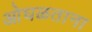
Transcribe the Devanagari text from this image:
ओघळताना